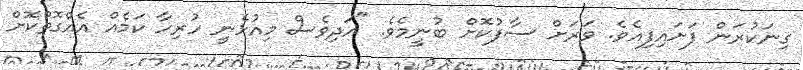
ގިނަކުރަން ފަށައިފިއެވެ. ވަރަށް ސާފުކޮށް ބުނީމެވެ. "އަދިވެސް މިއުޅެނީ ހުރިހާ ކަމެއް އެއްގޮތްކޮށް